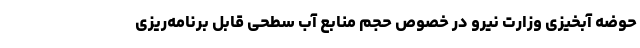
حوضه آبخیزی وزارت نیرو در خصوص حجم منابع آب سطحی قابل برنامه‌ریزی